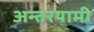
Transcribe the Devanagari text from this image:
अन्‍तरयामी